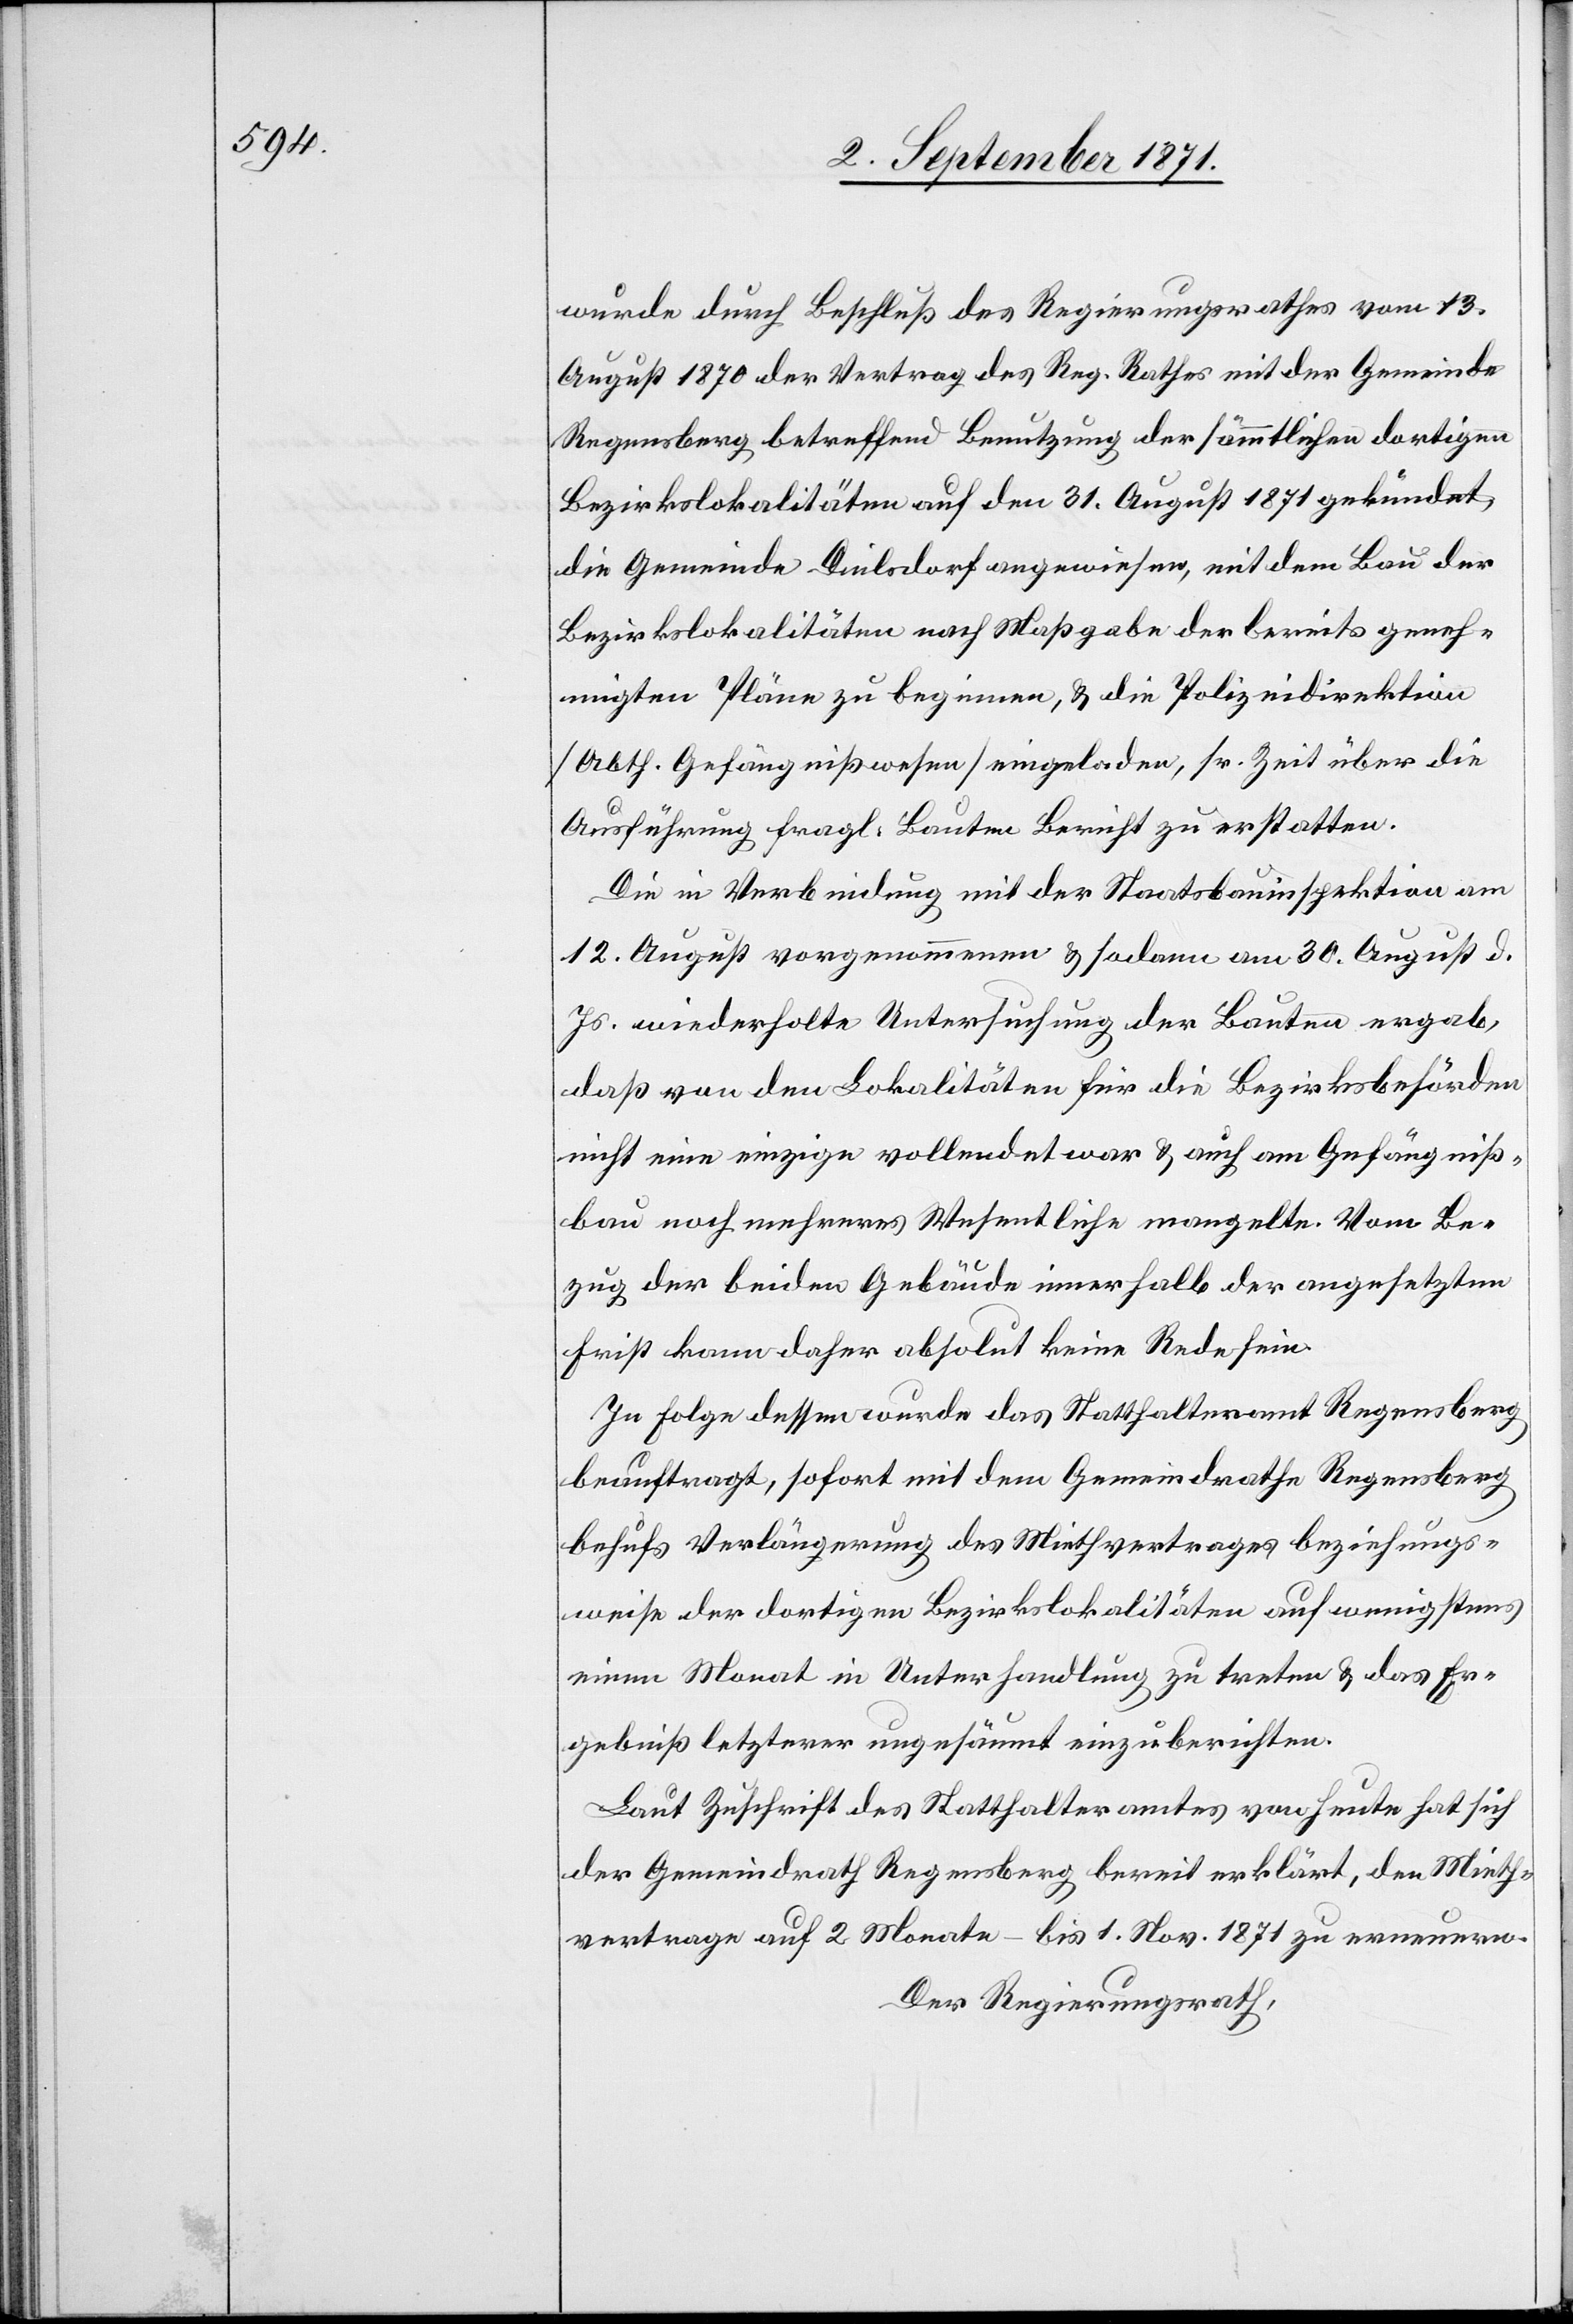
wurde durch Beschluß des Regierungsrathes vom 13.
August 1870 der Vertrag des Reg. Rathes mit der Gemeinde
Regensberg betreffend Benutzung der sämmtlichen dortigen
Bezirkslokalitäten auf den 31. August 1871 gekündet,
die Gemeinde Dielsdorf angewiesen, mit dem Bau der
Bezirkslokalitäten nach Maßgabe der bereits geneh¬
migten Pläne zu beginnen, & die Polizeidirektion
[Abth. Gefängnißwesen] eingeladen, sr. Zeit über die
Ausführung fragl. Baute Bericht zu erstatten.
Die in Verbindung mit der Staatsbauinspektion am
12. August vorgenommene & sodann am 30. August d.
Js. wiederholte Untersuchung der Bauten ergab,
daß von den Lokalitäten für die Bezirksbehörden
nicht eine einzige vollendet war & auch am Gefängniß¬
bau noch mehreres Wesentliche mangelte. Vom Be¬
zug der beiden Gebäude innerhalb der angesetzten
Frist kann daher absolut keine Rede sein.
In Folge dessen wurde das Statthalteramt Regensberg
beauftragt, sofort mit dem Gemeindrathe Regensberg
behufs Verlängerung des Mietvertrages beziehungs¬
weise der dortigen Bezirkslokalitäten auf wenigstens
einen Monat in Unterhandlung zu treten & das Er¬
gebniß letzterer ungesäumt einzuberichten.
Laut Zuschrift des Statthalteramtes von heute hat sich
der Gemeindrath Regensberg bereit erklärt, den Mieth¬
vertrage auf 2 Monate – bis 1. Nov. 1871 zu erneuern.
Der Regierungsrath,